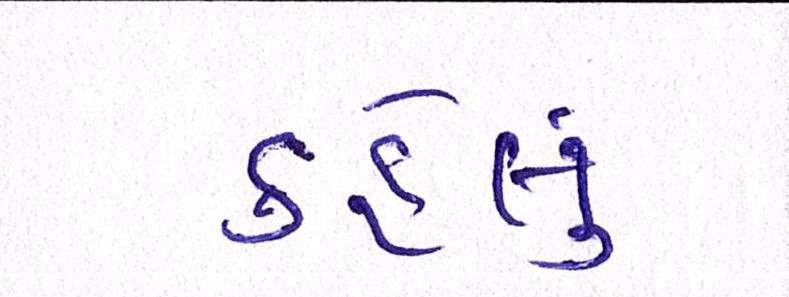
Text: કહેલું